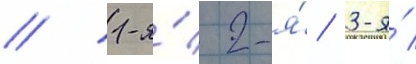
// 1-я́/ 2-я́/ 3-я́/